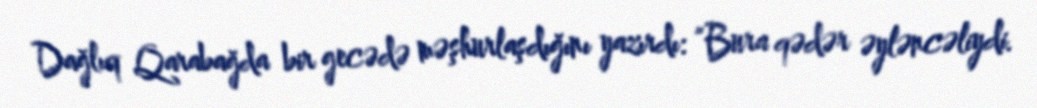
Dağlıq Qarabağda bir gecədə məşhurlaşdığını yazırdı: “Bura qədər əyləncəliydi.